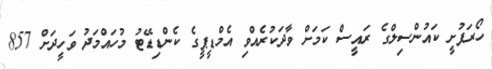
ހޯރަފުށީ ކައުންސިލްގެ ރައީސް ކަމަށް ވާދަކުރެއްވި އެމްޑީޕީގެ ކެންޑިޑޭޓު މުހައްމަދު ވަހީދަށް 857